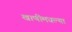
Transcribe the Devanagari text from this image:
खाणींमधल्या